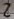
Text: 2